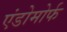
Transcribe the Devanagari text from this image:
एंडोमोर्फ